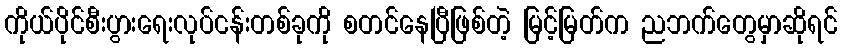
ကိုယ်ပိုင်စီးပွားရေးလုပ်ငန်းတစ်ခုကို စတင်နေပြီဖြစ်တဲ့ မြင့်မြတ်က ညဘက်တွေမှာဆိုရင်